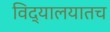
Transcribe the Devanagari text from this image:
विद्यालयातच